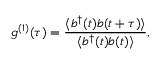
g ^ { ( 1 ) } ( \tau ) = \frac { \langle b ^ { \dagger } ( t ) b ( t + \tau ) \rangle } { \langle b ^ { \dagger } ( t ) b ( t ) \rangle } ,